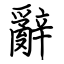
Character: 辭